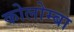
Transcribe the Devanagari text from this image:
कोलोम्बा